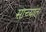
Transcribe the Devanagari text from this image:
साच्यांत